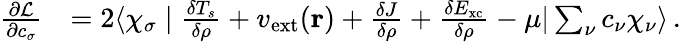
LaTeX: \begin{array}{rl}{\frac{\partial\mathcal{L}}{\partial c_{\sigma}}}&{=2\langle\chi_{\sigma}\mid\frac{\delta T_{s}}{\delta\rho}+v_{\mathrm{ext}}(\mathbf{r})+\frac{\delta J}{\delta\rho}+\frac{\delta E_{\mathrm{xc}}}{\delta\rho}-\mu|\sum_{\nu}c_{\nu}\chi_{\nu}\rangle\, .}\end{array}